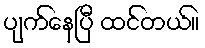
ပျက်နေပြီ ထင်တယ်။